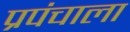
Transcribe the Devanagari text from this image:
प्रपंचाला